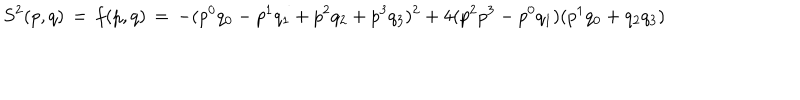
LaTeX: S ^ { 2 } ( p , q ) \, = \, f ( p , q ) \, = \, - ( p ^ { 0 } q _ { 0 } - p ^ { 1 } q _ { 1 } + p ^ { 2 } q _ { 2 } + p ^ { 3 } q _ { 3 } ) ^ { 2 } + 4 ( p ^ { 2 } p ^ { 3 } - p ^ { 0 } q _ { 1 } ) ( p ^ { 1 } q _ { 0 } + q _ { 2 } q _ { 3 } )